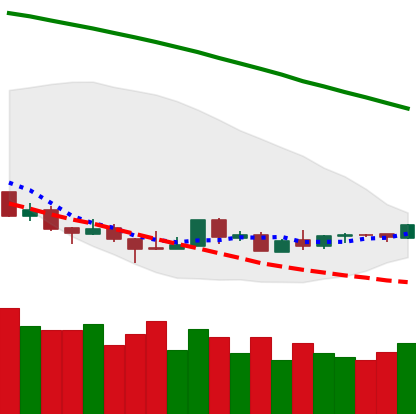
Ticker: LTC-USD
Chart end date: 2018-08-27
Forward return: 9.462%
Label: up_7plus